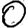
Digit: 0